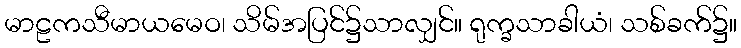
မာဠကသီမာယမေဝ၊ သိမ်အပြင်၌သာလျှင်။ ရုက္ခသာခါယံ၊ သစ်ခက်၌။